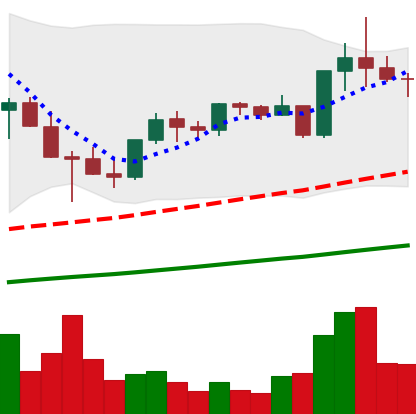
Ticker: TRX-USD
Chart end date: 2021-05-09
Forward return: -12.668%
Label: down_7plus